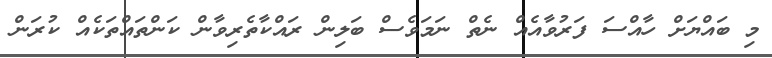
މި ބައްޔަށް ހާއްސަ ފަރުވާއެއް ނެތް ނަމަވެސް ބަލިން ރައްކާތެރިވާން ކަންތައްތަކެއް ކުރަން